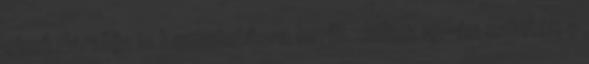
című darabja is bemutatásra kerül. Július 19-én szintén a